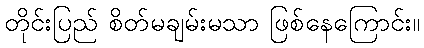
တိုင်းပြည် စိတ်မချမ်းမသာ ဖြစ်နေကြောင်း။